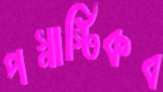
পস্নাস্টিকব